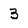
Character: 3